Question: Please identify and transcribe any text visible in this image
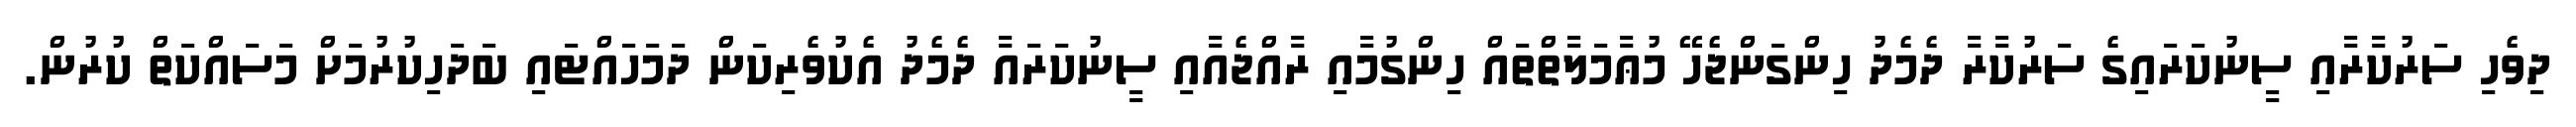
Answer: ދިވެހި ސަރުކާރާއި ސީނުކަރައިގެ ސަރުކާރާ ދެމެދު ހިންގަންޖެހޭ މުޢާމަލާތްތައް ހިންގުމާއި ރާއްޖެއާއި ސީނުކަރައާ ދެމެދު އެކުވެރިކަން ދަމަހައްޓައި ބަދަހިކުރުމަށް މަސައްކަތް ކުރުން.